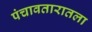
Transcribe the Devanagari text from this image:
पंचावतारातला